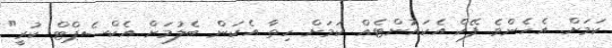
ކަމަށް. އެހެންވެ ފޭކް އެކައުންޓެއް ކަމަށް ހިތާ އެކަން ބެލުމަށް އެކްސެޕްޓް ކުރީ"